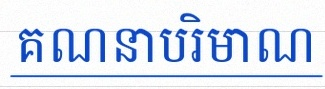
គណនាបរិមាណ